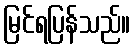
မြင်ရပြန်သည်။